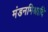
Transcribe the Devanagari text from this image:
मंडनमिश्रादि